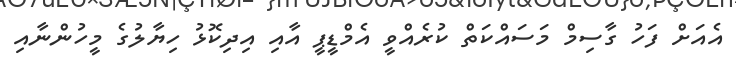
އެއަށް ފަހު ގާސިމް މަސައްކަތް ކުރެއްވީ އެމްޑީޕީ އާއި އިދިކޮޅު ހިޔާލުގެ މީހުންނާއި